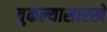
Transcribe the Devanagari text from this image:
चुकल्यासारखे